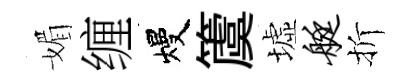
媚缠熳𥵂墟艇折